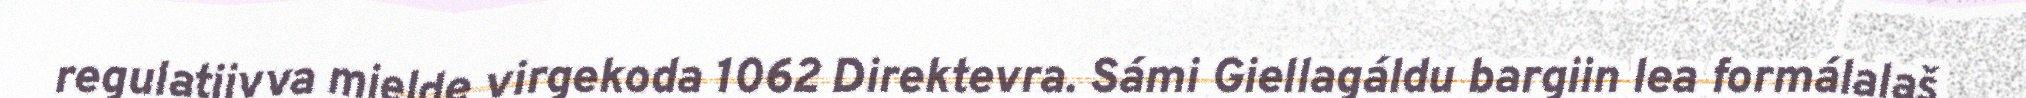
regulatiivva mielde virgekoda 1062 Direktevra. Sámi Giellagáldu bargiin lea formálalaš